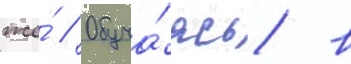
же́ // Обуча́ясь в